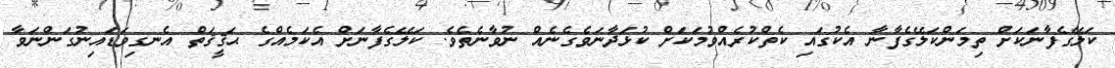
ކަލޭގެފާނަކަށް ތިމަންކަލޭގެފާނާ އެކުގައި ކެތްކުރެއްވުމަކަށް ކުުޅަދާނަވެގެނެއް ނުވާނެތެވެ. ކަލޭގެފާނަށް އެކަމެއްގެ ޙަޤީޤަތް އެނގިވަޑައިނުގަންނަވާ